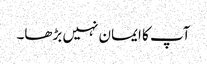
آپ کا ایمان نہیں بڑھا۔